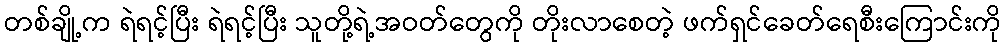
တစ်ချို့က ရဲရင့်ပြီး ရဲရင့်ပြီး သူတို့ရဲ့အဝတ်တွေကို တိုးလာစေတဲ့ ဖက်ရှင်ခေတ်ရေစီးကြောင်းကို